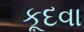
કૂદવા